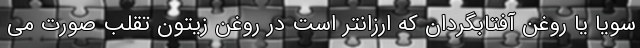
سویا یا روغن آفتابگردان که ارزانتر است در روغن زیتون تقلب صورت می